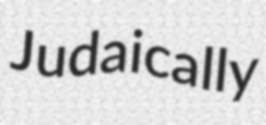
Judaically